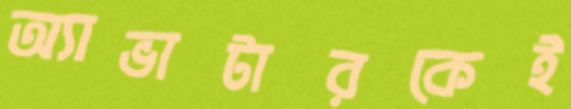
অ্যাভাটারকেই